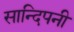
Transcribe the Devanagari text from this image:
सान्दिपनी